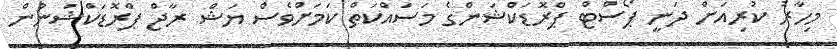
މިހާރު ކުރިއަށް ދަނީ ޕޯސްޓް ޕްރޮޑަކްޝަންގެ މަސައްކަތް ކަމަށްވެސް ޔަޝް ރާޖް ޕްރޮޑަކްްޝަނުން